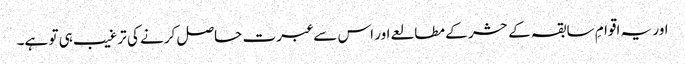
اور یہ اقوامِ سابقہ کے حشر کے مطالعے اور اس سے عبرت حاصل کرنے کی ترغیب ہی تو ہے۔